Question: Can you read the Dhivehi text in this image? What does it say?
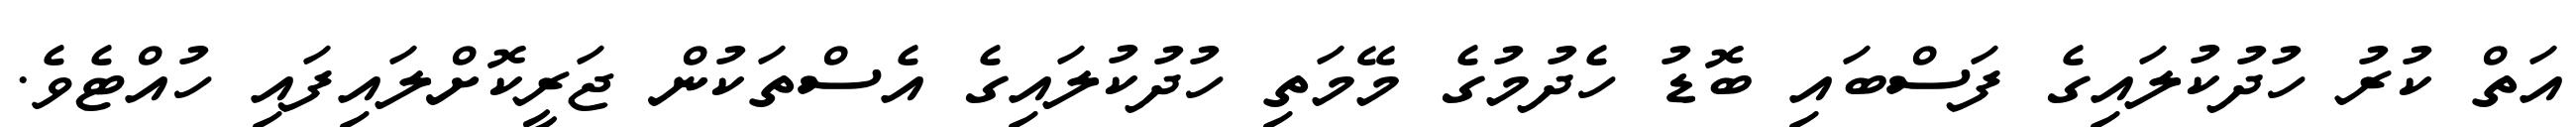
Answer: އަތް ކުރު ހުދުކުލައިގެ ފަސްބައި ބޮޑު ހެދުމުގެ މޭމަތި ހުދުކުލައިގެ އެސްތަކުން ޖަރީކޮށްލައިފައި ހުއްޓެވެ.